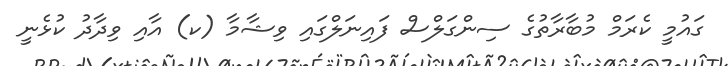
ގައުމީ ކެރަމް މުބާރާތުގެ ސިންގަލްސް ފައިނަލްގައި ވިޝާމާ (ކ) އާއި ވިދާދު ކުޅެނީ